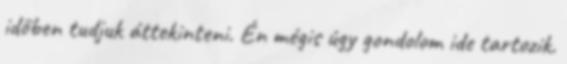
időben tudjuk áttekinteni. Én mégis úgy gondolom ide tartozik.